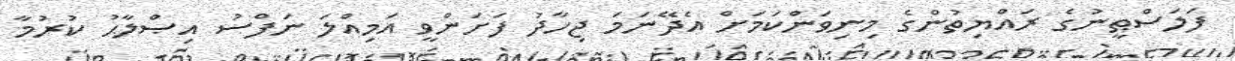
ފަލަސްޠީނުގެ ރައްޔިތުންގެ މިނިވަންކަމަށް އެދޭނަމަ ޖިހާދު ފަށަންވީ އަމިއްލަ ނަފްސު އިޞްލާޙު ކުރުމާ